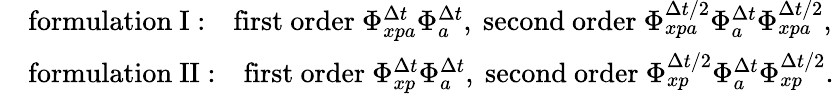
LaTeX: \begin{array}{rl}&{\mathrm{formulation~I:}\quad\mathrm{first~order}\ \Phi_{xpa}^{\Delta t}\Phi_{a}^{\Delta t},\ \mathrm{second~order}\ \Phi_{xpa}^{\Delta t/2}\Phi_{a}^{\Delta t}\Phi_{xpa}^{\Delta t/2},}\\ &{\mathrm{formulation~II:}\quad\mathrm{first~order}\ \Phi_{xp}^{\Delta t}\Phi_{a}^{\Delta t},\ \mathrm{second~order}\ \Phi_{xp}^{\Delta t/2}\Phi_{a}^{\Delta t}\Phi_{xp}^{\Delta t/2}.}\end{array}